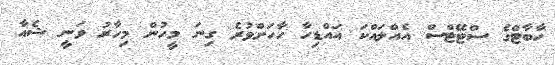
ހާބާޓްގެ ސްޓޭޓްސް އެއްލައްކަ އައްޑިހާ ހާހަށްވުރެ ގިނަ މީހުން މިހާރު ވަނީ ޝެއާ